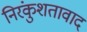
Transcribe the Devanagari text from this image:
निरंकुशतावाद